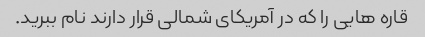
قاره هایی را که در آمریکای شمالی قرار دارند نام ببرید.